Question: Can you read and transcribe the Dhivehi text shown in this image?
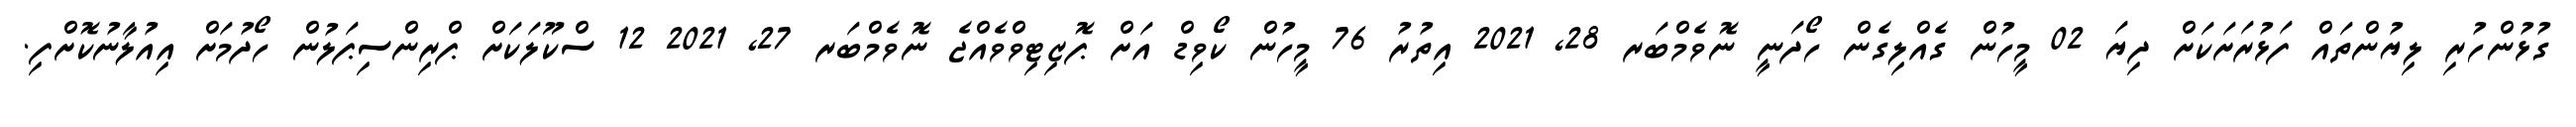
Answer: ގުޅުންހުރި ލިޔުންތައް ފަޅުރަށަކަށް ދިޔަ 02 މީހުން ގެއްލިގެން ހޯދަނީ ނޮވެމްބަރ 28, 2021 އިތުރު 76 މީހުން ކޯވިޑް އަށް ޕޮޒިޓިވްވެއްޖެ ނޮވެމްބަރ 27, 2021 12 ސްކޫލަކަށް ޕްރިންސިޕަލުން ހޯދުމަށް އިއުލާނުކޮށްފި.